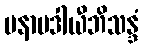
မနာပဒါယီဘိသန္ဒံ